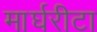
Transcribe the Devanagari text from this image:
मार्घरीटा